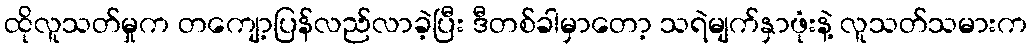
ထိုလူသတ်မှုက တကျော့ပြန်လည်လာခဲ့ပြီး ဒီတစ်ခါမှာတော့ သရဲမျက်နှာဖုံးနဲ့ လူသတ်သမားက